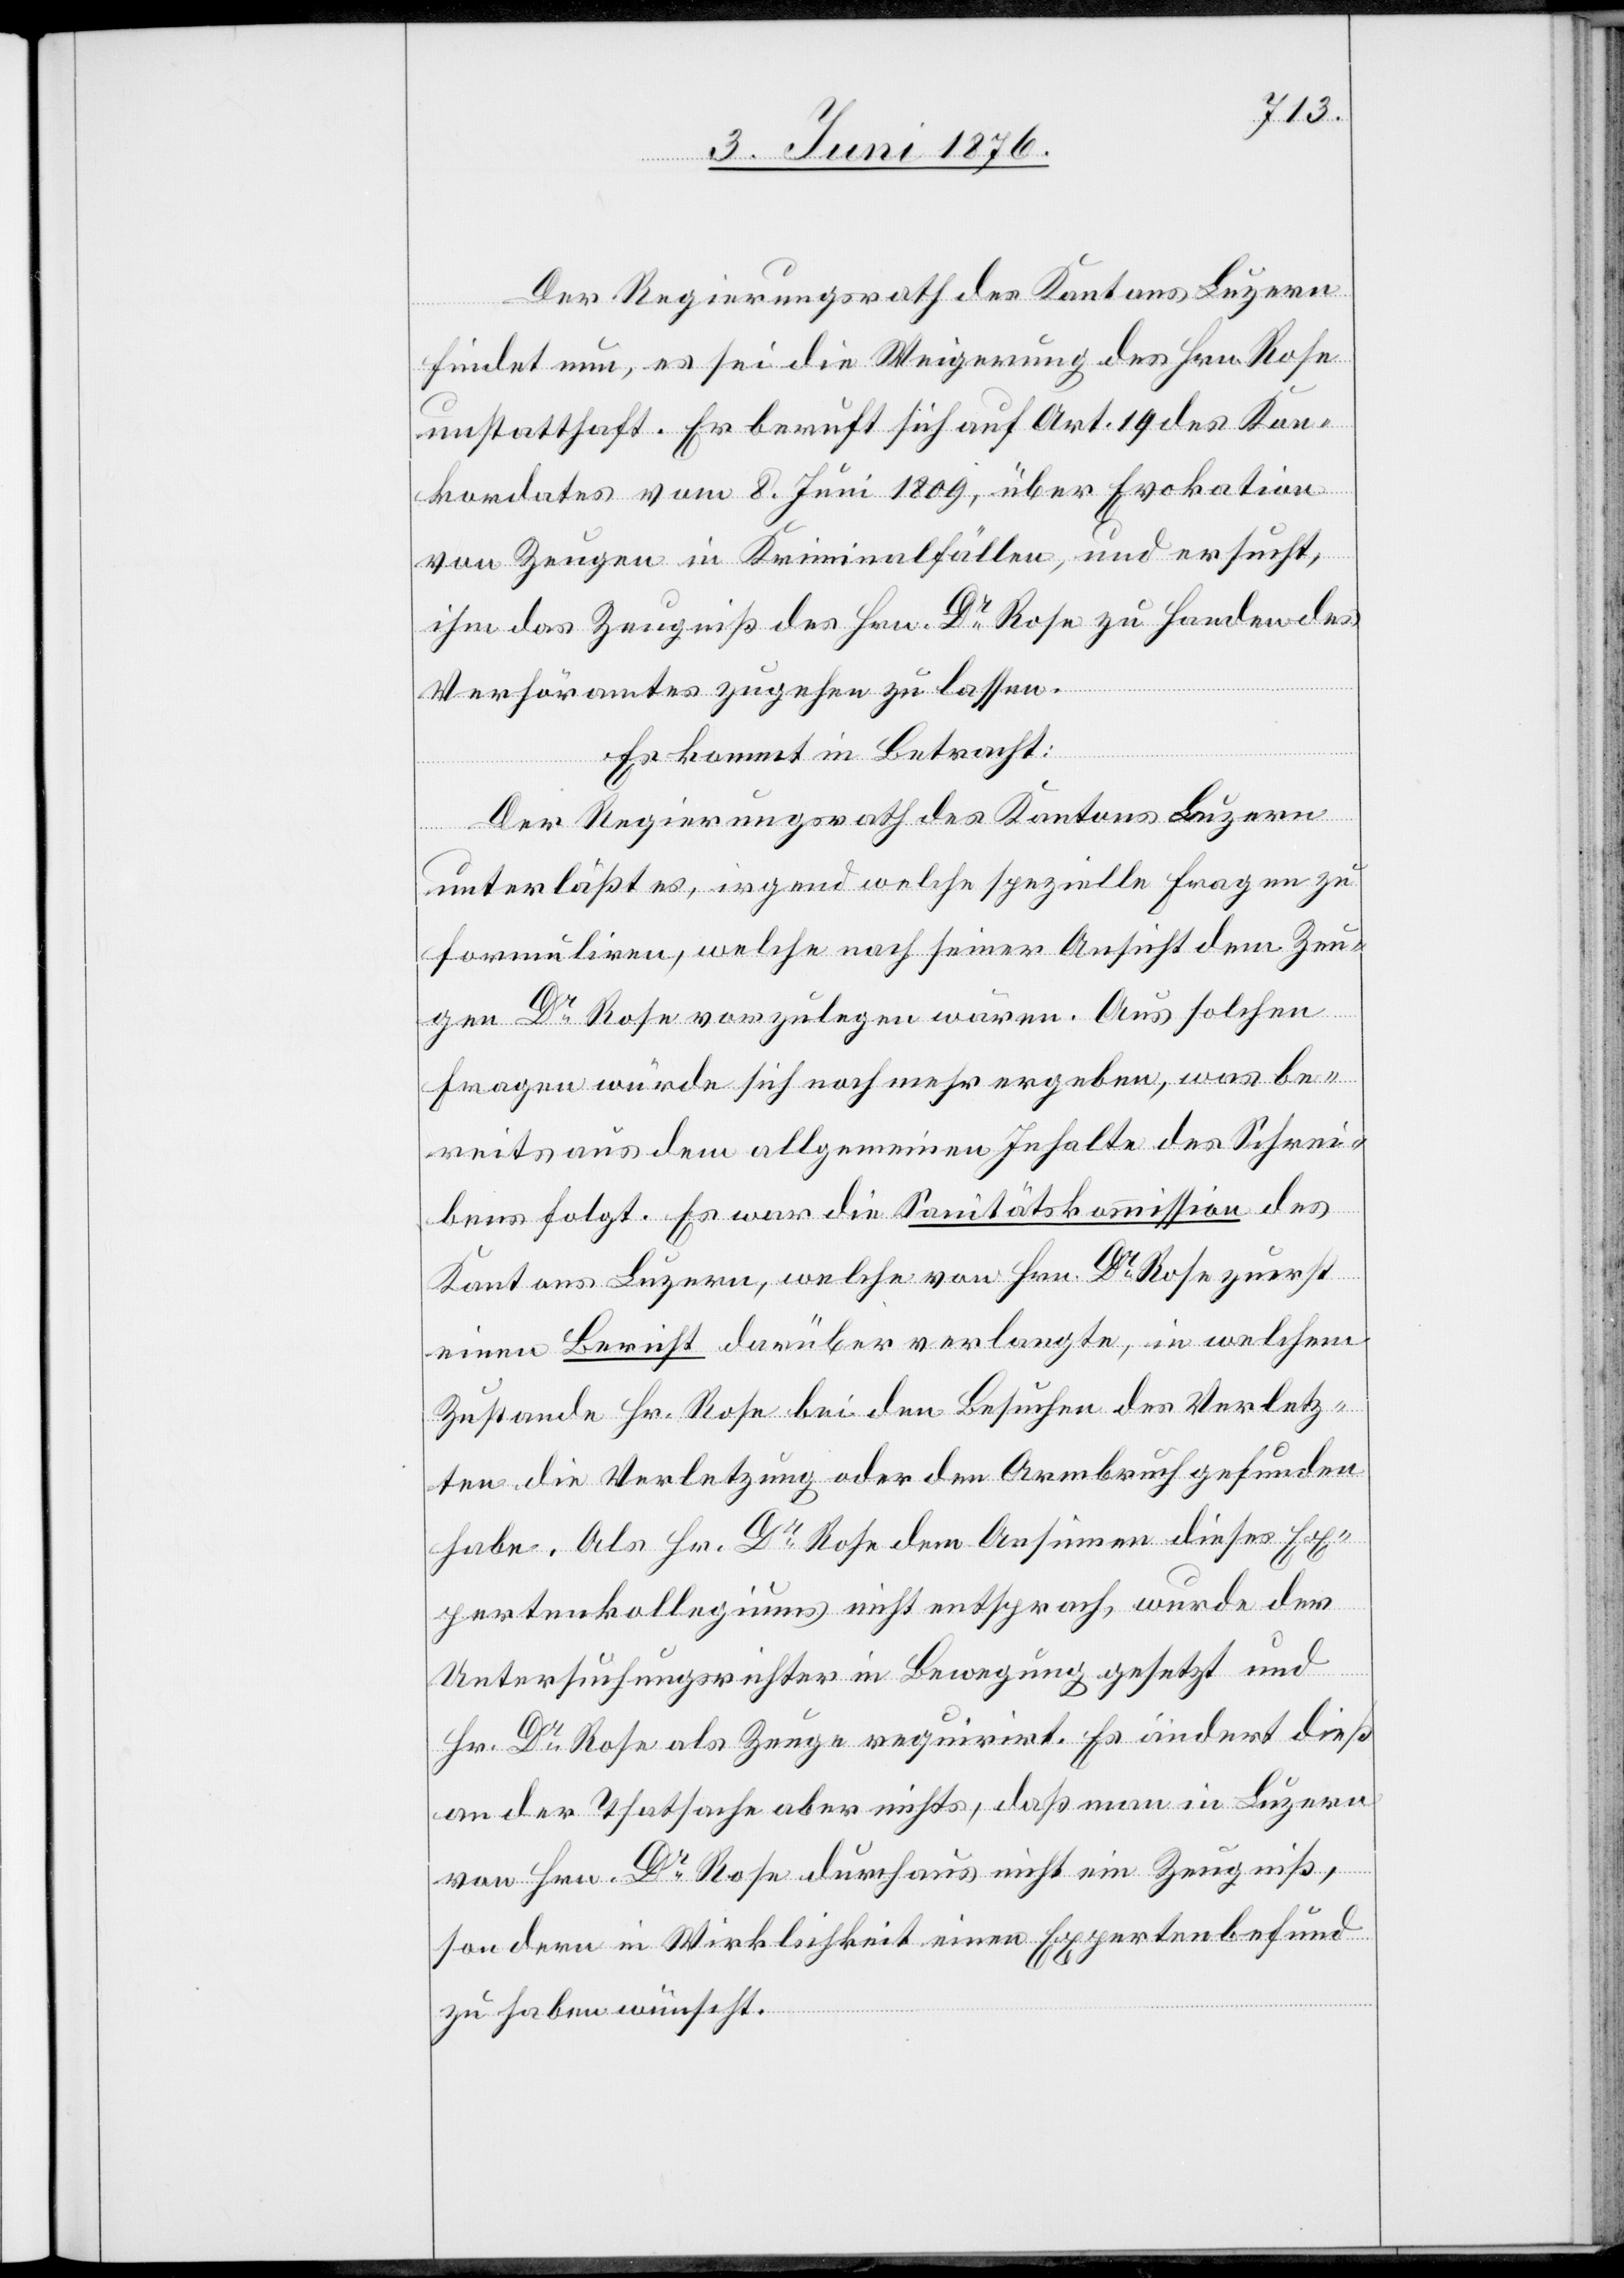
Der Regierungsrath, des Kantons Luzern
findet nun, es sei die Weigerung des Hrn. Rose
unstatthaft. Er beruft sich auf Art. 19 des Kon¬
kordates vom 8. Juni 1809, über Evokation
von Zeugen in Kriminalfällen, und ersucht,
ihm das Zeugniß des Hrn. Dr Rose zu Handen des
Verhöramtes zugehen zu lassen.
Es kommt in Betracht:
Der Regierungsrath des Kantons Luzern
unterläßt es, irgend welche spezielle Fragen zu
formuliren, welche nach seiner Ansicht dem Zeu¬
gen Dr Rose vorzulegen wären. Aus solchen
Fragen würde sich noch mehr ergeben, was be¬
reits aus dem allgemeinen Inhalte des Schrei¬
bens folgt. Es war die Sanitätskommission des
Kantons Luzern, welche von Hrn. Dr Rose zuerst
einen Bericht darüber verlangte, in welchem
Zustande Hr. Rose bei den Besuchen des Verletz¬
ten die Verletzung oder den Armbruch gefunden
habe. Als Hr. Dr Rose dem Ansinnen dieses Ex¬
pertenkollegiums nicht entsprach, wurde der
Untersuchungsrichter in Bewegung gesetzt und
Hr. Dr Rose als Zeuge requirirt. Es ändert dieß
an der Thatsache aber nichts, daß man in Luzern
von Hrn. Dr Rose durchaus nicht ein Zeugniß,
sondern in Wirklichkeit einen Expertenbefund
zu haben wünscht.